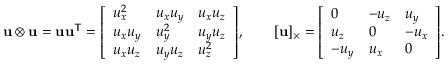
\mathbf { u } \otimes \mathbf { u } = \mathbf { u } \mathbf { u } ^ { \mathsf { T } } = { \left[ \begin{array} { l l l } { u _ { x } ^ { 2 } } & { u _ { x } u _ { y } } & { u _ { x } u _ { z } } \\ { u _ { x } u _ { y } } & { u _ { y } ^ { 2 } } & { u _ { y } u _ { z } } \\ { u _ { x } u _ { z } } & { u _ { y } u _ { z } } & { u _ { z } ^ { 2 } } \end{array} \right] } , \qquad [ \mathbf { u } ] _ { \times } = { \left[ \begin{array} { l l l } { 0 } & { - u _ { z } } & { u _ { y } } \\ { u _ { z } } & { 0 } & { - u _ { x } } \\ { - u _ { y } } & { u _ { x } } & { 0 } \end{array} \right] } .